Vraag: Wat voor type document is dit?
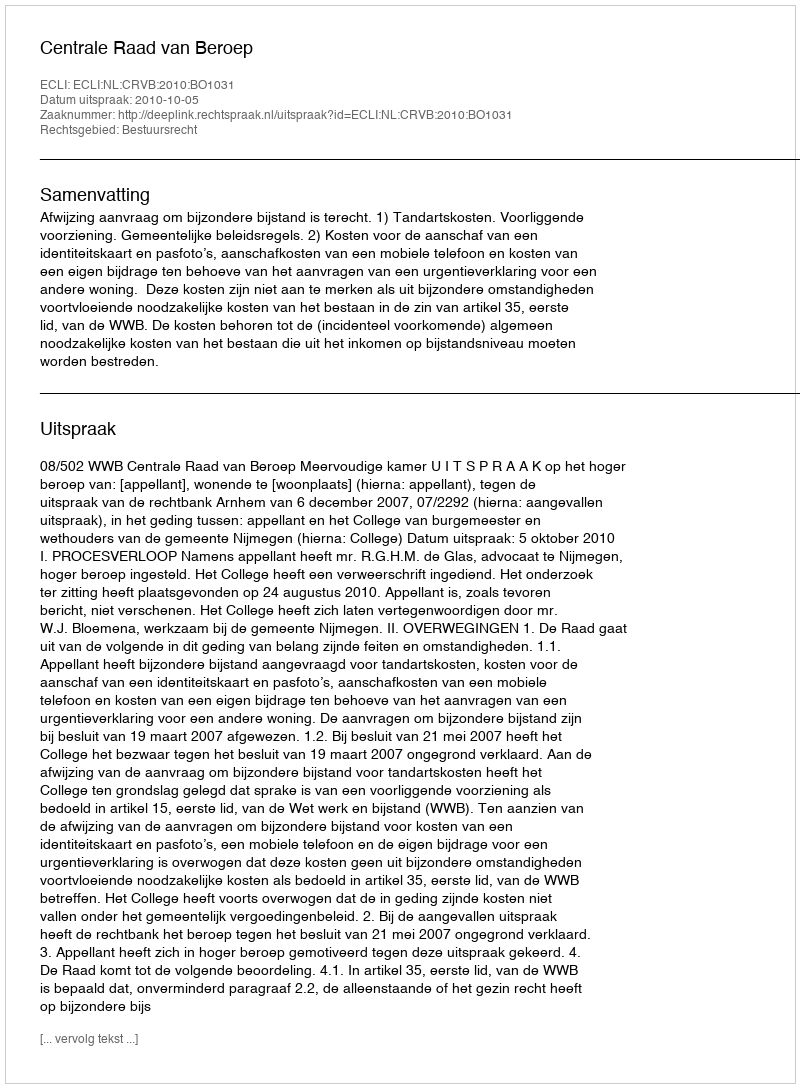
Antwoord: Uitspraak